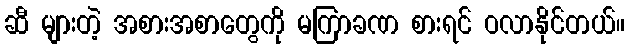
ဆီ များတဲ့ အစားအစာတွေကို မကြာခဏ စားရင် ဝလာနိုင်တယ်။